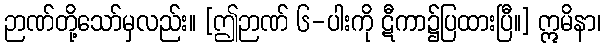
ဉာဏ်တို့သော်မှလည်း။ [ဤဉာဏ် ၆-ပါးကို ဋီကာ၌ပြထားပြီ။] ဣမိနာ၊